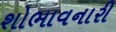
શોભાવનારી